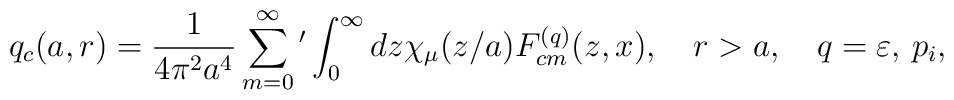
q_c(a,r)=\frac{1}{4\pi ^2a^4}\sum_{m=0}^{\infty}{'}\int_{0}^{\infty}{dz\chi _\mu (z/a)F_{cm}^{(q)}(z,x)},\quad r>a, \quad q=\varepsilon ,\, p_i,